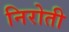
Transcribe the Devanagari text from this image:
निरोती